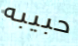
حبيبه